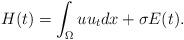
LaTeX: \begin{align*}H(t)=\int_\Omega uu_tdx+\sigma E(t).\end{align*}